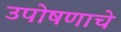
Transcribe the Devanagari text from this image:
उपोषणाचे